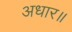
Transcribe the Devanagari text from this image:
अधार॥